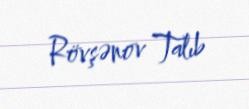
Rövşənov Talıb